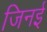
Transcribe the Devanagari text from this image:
जिनई